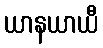
ယာနယာယီ